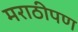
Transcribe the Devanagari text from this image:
मराठीपण